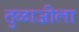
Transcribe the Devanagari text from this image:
तुळाजीला